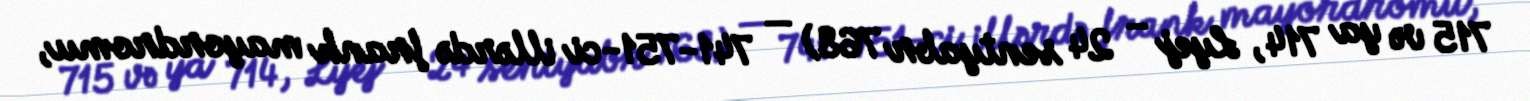
715 və ya 714, Lyej – 24 sentyabr 768) — 741-751-ci illərdə frank mayordromu,